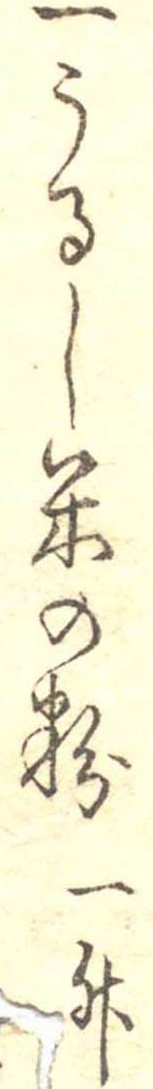
一うるし米の粉一升